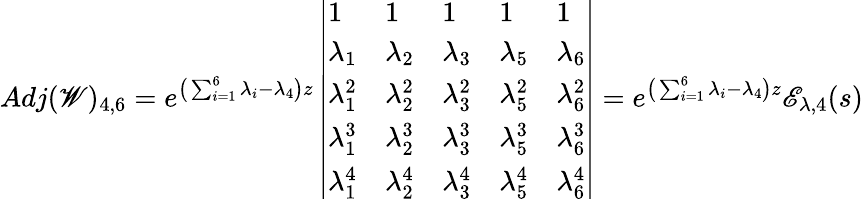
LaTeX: Adj(\mathscr{W})_{4,6}=e^{\big(\sum_{i=1}^{6}\lambda_{i}-\lambda_{4}\big)z}\left|\begin{array}{lllll}{1}&{1}&{1}&{1}&{1}\\ {\lambda_{1}}&{\lambda_{2}}&{\lambda_{3}}&{\lambda_{5}}&{\lambda_{6}}\\ {\lambda_{1}^{2}}&{\lambda_{2}^{2}}&{\lambda_{3}^{2}}&{\lambda_{5}^{2}}&{\lambda_{6}^{2}}\\ {\lambda_{1}^{3}}&{\lambda_{2}^{3}}&{\lambda_{3}^{3}}&{\lambda_{5}^{3}}&{\lambda_{6}^{3}}\\ {\lambda_{1}^{4}}&{\lambda_{2}^{4}}&{\lambda_{3}^{4}}&{\lambda_{5}^{4}}&{\lambda_{6}^{4}}\end{array}\right|=e^{\big(\sum_{i=1}^{6}\lambda_{i}-\lambda_{4}\big)z}\mathscr{E}_{\lambda,4}(s)